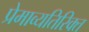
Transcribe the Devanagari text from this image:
प्रेमाव्यतिरिक्त